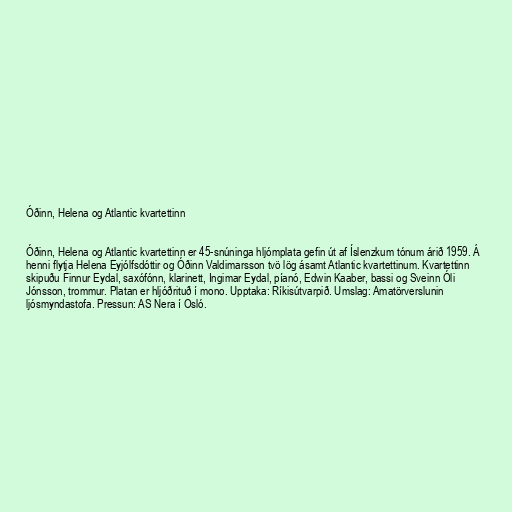
Óðinn, Helena og Atlantic kvartettinn

Óðinn, Helena og Atlantic kvartettinn er 45-snúninga hljómplata gefin út af Íslenzkum tónum árið 1959. Á
henni flytja Helena Eyjólfsdóttir og Óðinn Valdimarsson tvö lög ásamt Atlantic kvartettinum. Kvartettinn
skipuðu Finnur Eydal, saxófónn, klarinett, Ingimar Eydal, píanó, Edwin Kaaber, bassi og Sveinn Óli
Jónsson, trommur. Platan er hljóðrituð í mono. Upptaka: Ríkisútvarpið. Umslag: Amatörverslunin
ljósmyndastofa. Pressun: AS Nera í Osló.